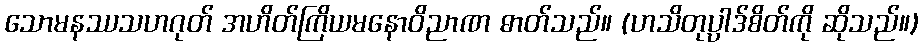
သောမနဿသဟဂုတ် အဟိတ်ကြိယမနောဝိညာဏ ဓာတ်သည်။ (ဟသိတုပ္ပါဒ်စိတ်ကို ဆိုသည်။)